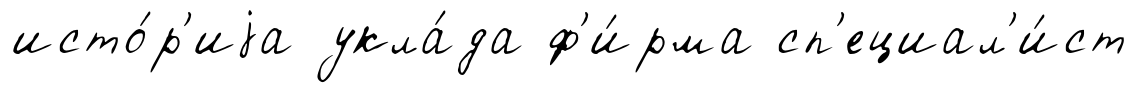
исто́р'иjа укла́да ф'и́рма сп'ециал'и́ст